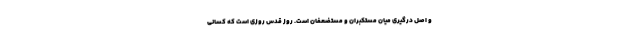
و اصل درگیری میان مستکبران و مستضعفان است. روز قدس روزی است که کسانی